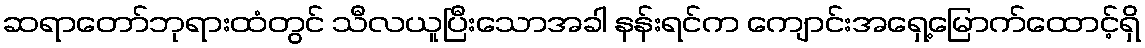
ဆရာတော်ဘုရားထံတွင် သီလယူပြီးသောအခါ နန်းရင်က ကျောင်းအရှေ့မြောက်ထောင့်ရှိ